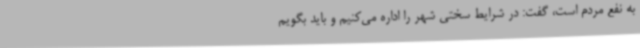
به نفع مردم است، گفت: در شرایط سختی شهر را اداره می‌کنیم و باید بگویم